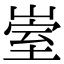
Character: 𡹭